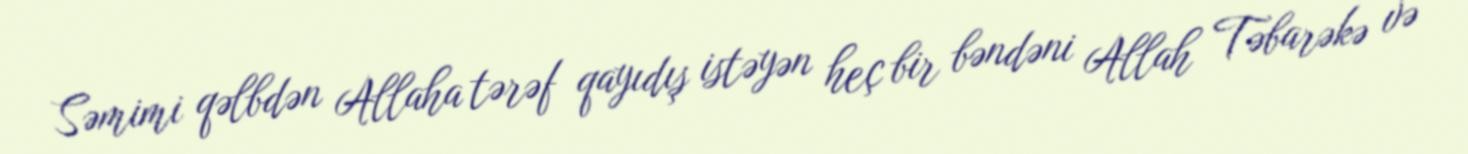
Səmimi qəlbdən Allaha tərəf qayıdış istəyən heç bir bəndəni Allah Təbarəkə və